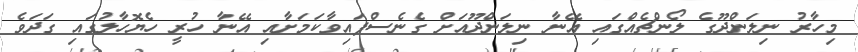
މިހާރު ނިލަންދޫގެ ލޯންޗެއްގައި އޭނާ ނިލަންދޫއަށް ގެނެސްފައިވާކަމަށާއި އޭނާ ހުރީ ހެޔޮހާލުގައި ގަދަވެ